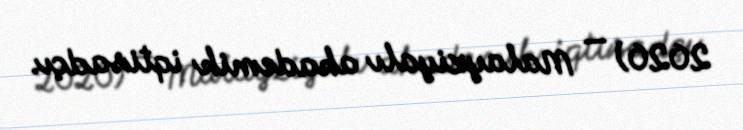
2020) — Malayziyalı akademik iqtisadçı.